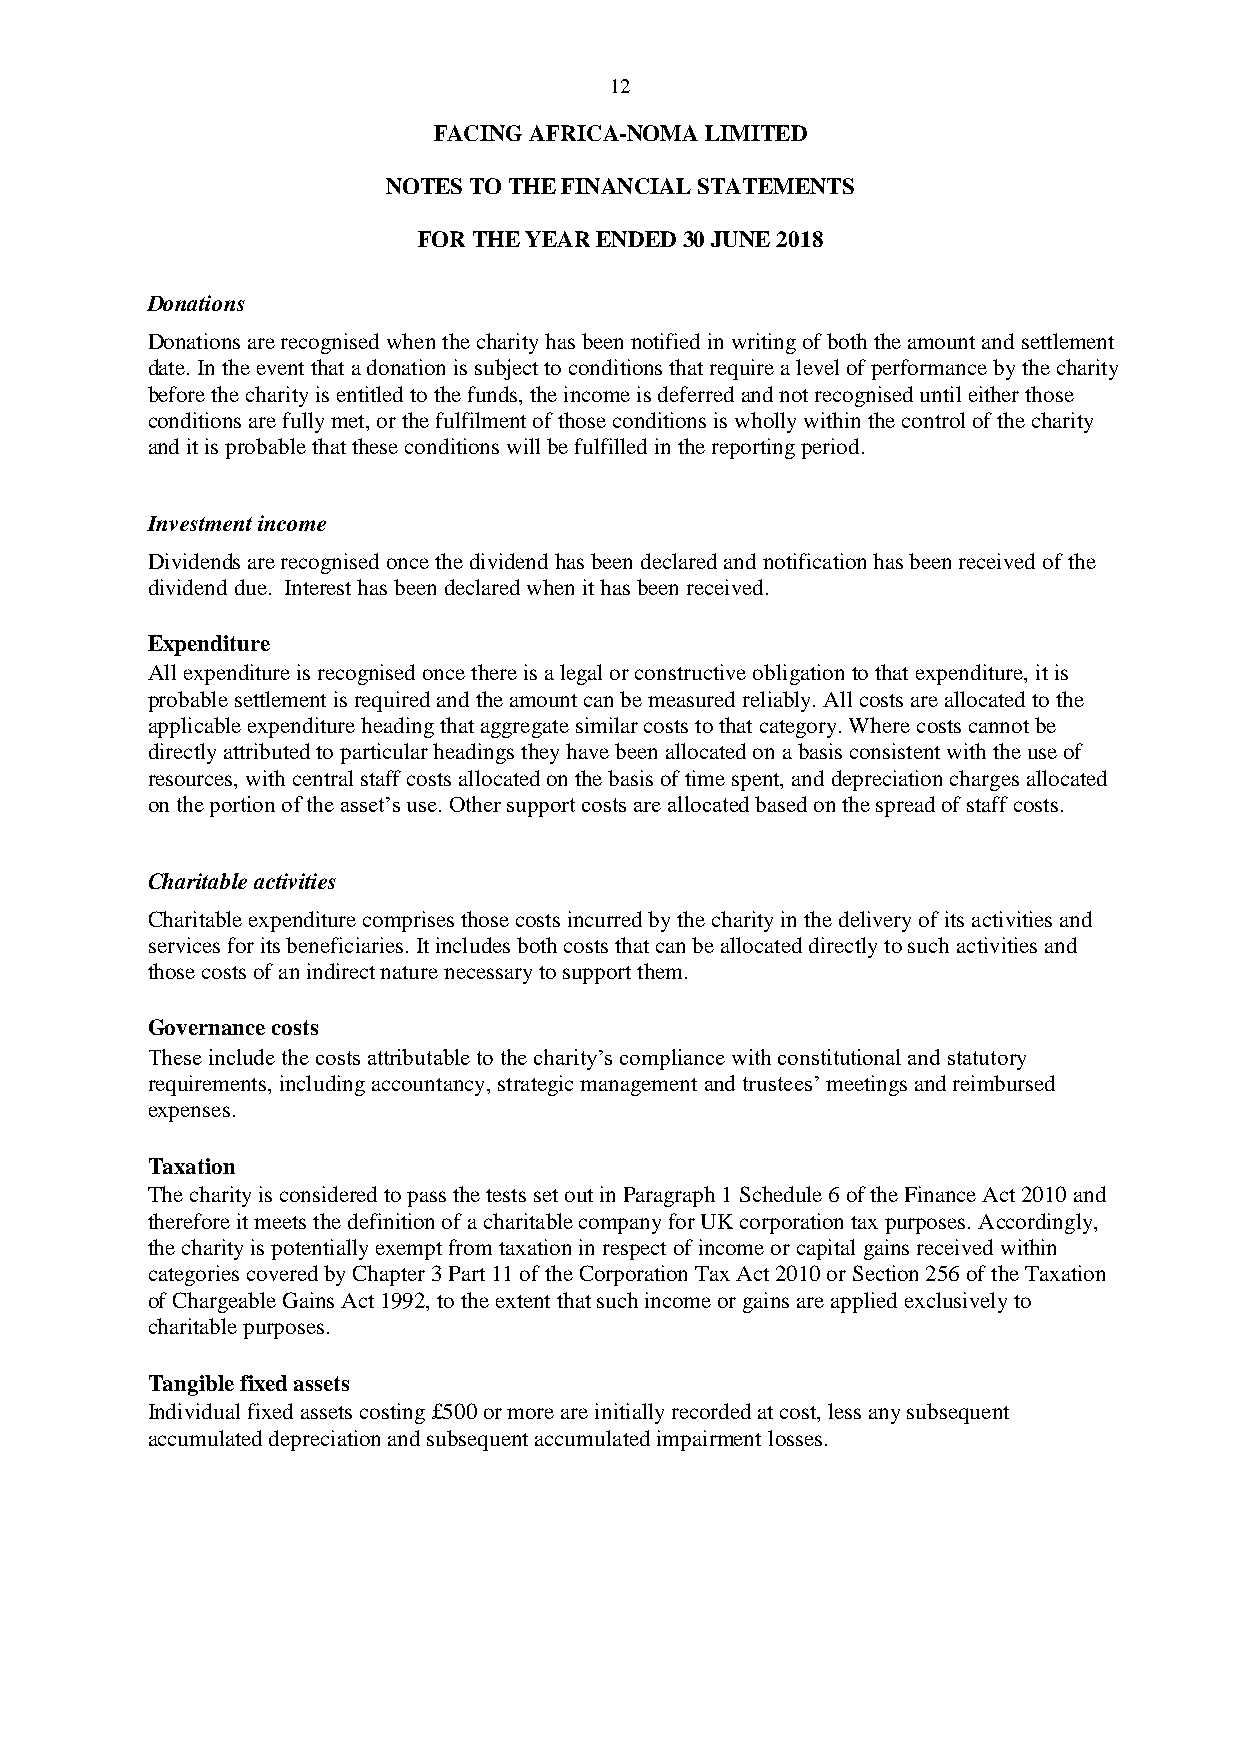
12
 FACING AFRICA-NOMA LIMITED
 NOTES TO THE FINANCIAL STATEMENTS
 FOR THE YEAR ENDED 30 JUNE 2018
 Donations
 Donations are recognised when the charity has been notified in writing of both the amount and settlement
 date. In the event that a donation is subject to conditions that require a level of performance by the charity
 before the charity is entitled to the funds, the income is deferred and not recognised until either those
 conditions are fully met, or the fulfilment of those conditions is wholly within the control of the charity
 and it is probable that these conditions will be fulfilled in the reporting period.
 Investment income
 Dividends are recognised once the dividend has been declared and notification has been received of the
 dividend due. Interest has been declared when it has been received.
 Expenditure
 All expenditure is recognised once there is a legal or constructive obligation to that expenditure, it is
 probable settlement is required and the amount can be measured reliably. All costs are allocated to the
 applicable expenditure heading that aggregate similar costs to that category. Where costs cannot be
 directly attributed to particular headings they have been allocated on a basis consistent with the use of
 resources, with central staff costs allocated on the basis of time spent, and depreciation charges allocated
 on the portion of the asset’s use. Other support costs are allocated based on the spread of staff costs.
 Charitable activities
 Charitable expenditure comprises those costs incurred by the charity in the delivery of its activities and
 services for its beneficiaries. It includes both costs that can be allocated directly to such activities and
 those costs of an indirect nature necessary to support them.
 Governance costs
 These include the costs attributable to the charity’s compliance with constitutional and statutory
 requirements, including accountancy, strategic management and trustees’ meetings and reimbursed
 expenses.
 Taxation
 The charity is considered to pass the tests set out in Paragraph 1 Schedule 6 of the Finance Act 2010 and
 therefore it meets the definition of a charitable company for UK corporation tax purposes. Accordingly,
 the charity is potentially exempt from taxation in respect of income or capital gains received within
 categories covered by Chapter 3 Part 11 of the Corporation Tax Act 2010 or Section 256 of the Taxation
 of Chargeable Gains Act 1992, to the extent that such income or gains are applied exclusively to
 charitable purposes.
 Tangible fixed assets
 Individual fixed assets costing £500 or more are initially recorded at cost, less any subsequent
 accumulated depreciation and subsequent accumulated impairment losses.